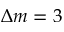
\Delta m = 3